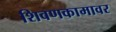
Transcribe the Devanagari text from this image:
शिवणकामावर